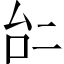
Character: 𠄩